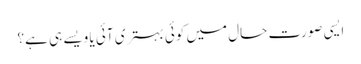
ایسی صورت حال میں کوئی بہتری آئی یا ویسے ہی ہے؟